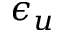
\epsilon _ { u }